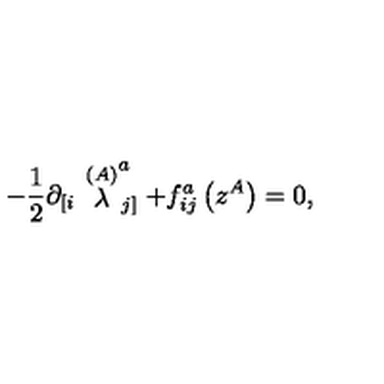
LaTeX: - \frac { 1 } { 2 } \partial _ { \left[ i \right. } \stackrel { ( A ) } { \lambda } _ { \left. j \right] } ^ { a } + f _ { i j } ^ { a } \left( z ^ { A } \right) = 0 ,